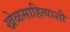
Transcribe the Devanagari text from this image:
खेळसाहित्याशी